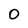
Character: 0